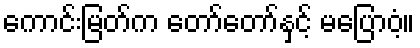
ကောင်းမြတ်က တော်တော်နှင့် မပြောဝံ့။